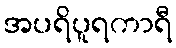
အပရိပူရကာရီ